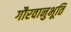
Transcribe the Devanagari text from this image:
गौरवानुभूति